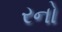
રનો